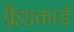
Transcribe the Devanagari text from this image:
फ्लैशकार्ड